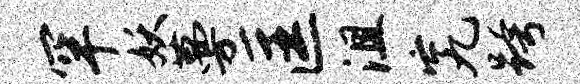
罕妖蔓匡沮究跨